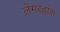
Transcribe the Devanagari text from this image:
लेंगरहांस